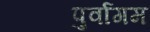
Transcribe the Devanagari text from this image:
पुर्वागम